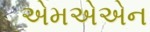
એમએએન